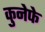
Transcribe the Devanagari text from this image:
कुनेफे